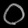
Digit: ၀